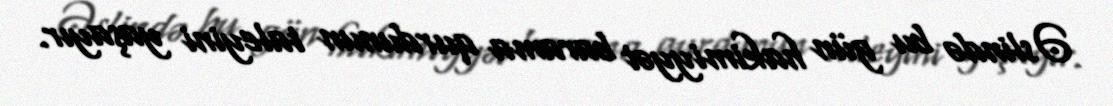
Əslində bu gün hakimiyyət barama qurdunun taleyini yaşayır.